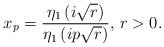
LaTeX: \begin{align*}x_p=\frac{\eta_1\left(i\sqrt{r}\right)}{\eta_1\left(i p \sqrt{r}\right)}\textrm{, }r>0.\end{align*}